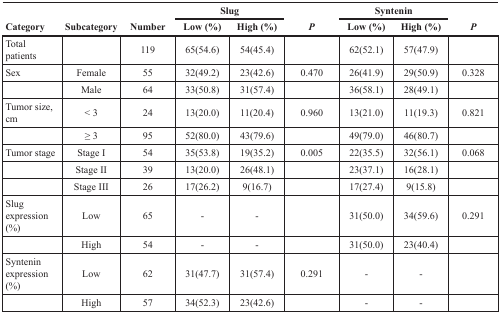
|  |  |  | <COLSPAN=2> Slug |  | <COLSPAN=2> Syntenin |  |
 | Category | Subcategory | Number | Low (%) | High (%) | P | Low (%) | High (%) | P |
 | --- | --- | --- | --- | --- | --- | --- | --- | --- |
 | Total patients |  | 119 | 65(54.6) | 54(45.4) |  | 62(52.1) | 57(47.9) |  |
 | Sex | Female | 55 | 32(49.2) | 23(42.6) | 0.470 | 26(41.9) | 29(50.9) | 0.328 |
 |  | Male | 64 | 33(50.8) | 31(57.4) |  | 36(58.1) | 28(49.1) |  |
 | Tumor size, cm | < 3 | 24 | 13(20.0) | 11(20.4) | 0.960 | 13(21.0) | 11(19.3) | 0.821 |
 |  | ≥ 3 | 95 | 52(80.0) | 43(79.6) |  | 49(79.0) | 46(80.7) |  |
 | Tumor stage | Stage I | 54 | 35(53.8) | 19(35.2) | 0.005 | 22(35.5) | 32(56.1) | 0.068 |
 |  | Stage II | 39 | 13(20.0) | 26(48.1) |  | 23(37.1) | 16(28.1) |  |
 |  | Stage III | 26 | 17(26.2) | 9(16.7) |  | 17(27.4) | 9(15.8) |  |
 | Slug expression (%) | Low | 65 | - | - |  | 31(50.0) | 34(59.6) | 0.291 |
 |  | High | 54 | - | - |  | 31(50.0) | 23(40.4) |  |
 | Syntenin expression (%) | Low | 62 | 31(47.7) | 31(57.4) | 0.291 | - | - |  |
 |  | High | 57 | 34(52.3) | 23(42.6) |  | - | - |  |